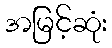
အမြင့်ဆုံး